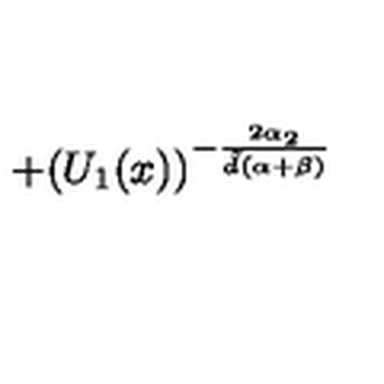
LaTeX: + ( U _ { 1 } ( x ) ) ^ { - \frac { 2 \alpha _ { 2 } } { { \tilde { d } } ( \alpha + \beta ) } }